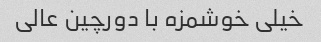
خیلی خوشمزه با دورچین عالی